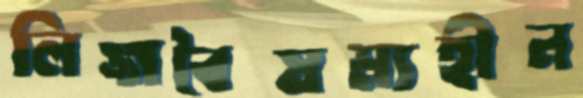
লিঙ্গবৈষম্যহীন